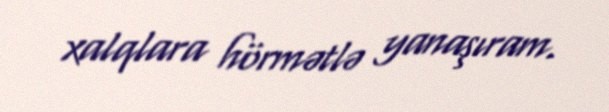
xalqlara hörmətlə yanaşıram.